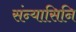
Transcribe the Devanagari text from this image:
संन्यासिनि